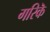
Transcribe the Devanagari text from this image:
गरिकॆ